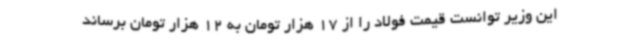
این وزیر توانست قیمت فولاد را از 17 هزار تومان به 12 هزار تومان برساند